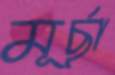
মূর্ছা